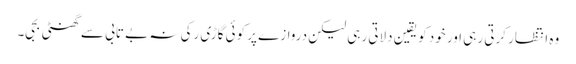
وہ انتظار کرتی رہی اور خود کو یقین دلاتی رہی لیکن دروازے پر کوئی گاڑی رکی نہ بے تابی سے گھنٹی بجی۔